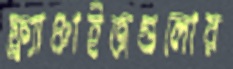
ফ্র্যাঞ্চাইজগুলোর